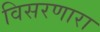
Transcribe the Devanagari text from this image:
विसरणारा